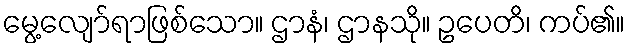
မွေ့လျော်ရာဖြစ်သော။ ဌာနံ၊ ဌာနသို။ ဥပေတိ၊ ကပ်၏။